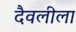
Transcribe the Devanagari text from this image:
दैवलीला